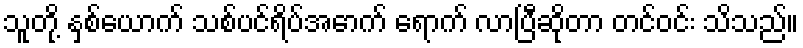
သူတို့ နှစ်ယောက် သစ်ပင်ရိပ်အောက် ရောက် လာပြီဆိုတာ တင်ဝင်း သိသည်။